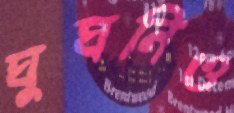
ঘুঘনিও